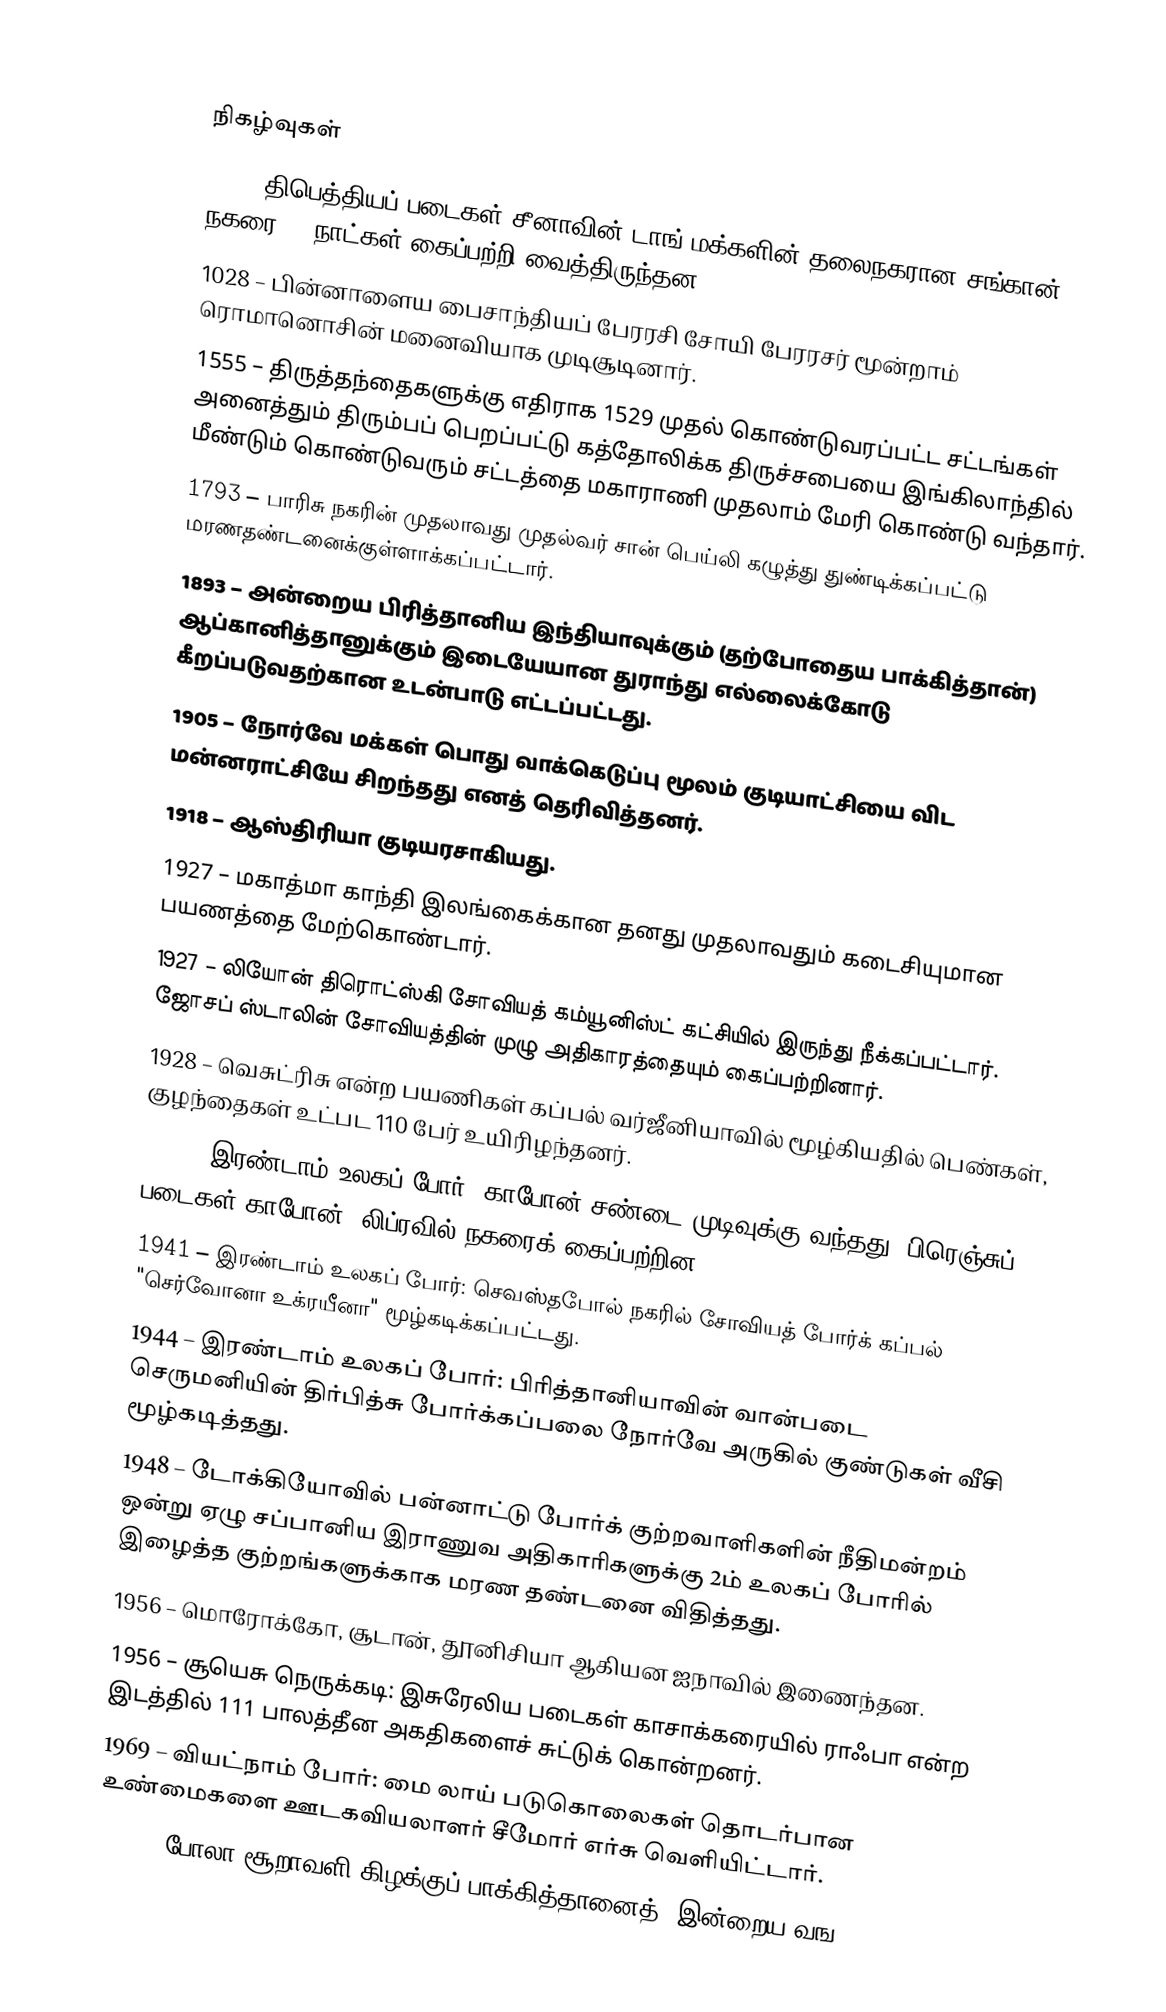

நிகழ்வுகள்
 764 – திபெத்தியப் படைகள் சீனாவின் டாங் மக்களின் தலைநகரான சங்கான் நகரை 15 நாட்கள் கைப்பற்றி வைத்திருந்தன.
1028 – பின்னாளைய பைசாந்தியப் பேரரசி சோயி பேரரசர் மூன்றாம் ரொமானொசின் மனைவியாக முடிசூடினார்.
1555 – திருத்தந்தைகளுக்கு எதிராக 1529 முதல் கொண்டுவரப்பட்ட சட்டங்கள் அனைத்தும் திரும்பப் பெறப்பட்டு கத்தோலிக்க திருச்சபையை இங்கிலாந்தில் மீண்டும் கொண்டுவரும் சட்டத்தை மகாராணி முதலாம் மேரி கொண்டு வந்தார்.
1793 – பாரிசு நகரின் முதலாவது முதல்வர் சான் பெய்லி கழுத்து துண்டிக்கப்பட்டு மரணதண்டனைக்குள்ளாக்கப்பட்டார்.
1893 – அன்றைய பிரித்தானிய இந்தியாவுக்கும் (தற்போதைய பாக்கித்தான்) ஆப்கானித்தானுக்கும் இடையேயான துராந்து எல்லைக்கோடு கீறப்படுவதற்கான உடன்பாடு எட்டப்பட்டது.
1905 – நோர்வே மக்கள் பொது வாக்கெடுப்பு மூலம் குடியாட்சியை விட மன்னராட்சியே சிறந்தது எனத் தெரிவித்தனர்.
1918 – ஆஸ்திரியா குடியரசாகியது.
1927 – மகாத்மா காந்தி இலங்கைக்கான தனது முதலாவதும் கடைசியுமான பயணத்தை மேற்கொண்டார்.
1927 – லியோன் திரொட்ஸ்கி சோவியத் கம்யூனிஸ்ட் கட்சியில் இருந்து நீக்கப்பட்டார். ஜோசப் ஸ்டாலின் சோவியத்தின் முழு அதிகாரத்தையும் கைப்பற்றினார்.
1928 – வெசுட்ரிசு என்ற பயணிகள் கப்பல் வர்ஜீனியாவில் மூழ்கியதில் பெண்கள், குழந்தைகள் உட்பட 110 பேர் உயிரிழந்தனர்.
1940 – இரண்டாம் உலகப் போர்: காபோன் சண்டை முடிவுக்கு வந்தது. பிரெஞ்சுப் படைகள் காபோன், லிப்ரவில் நகரைக் கைப்பற்றின.
1941 – இரண்டாம் உலகப் போர்: செவஸ்தபோல் நகரில் சோவியத் போர்க் கப்பல் "செர்வோனா உக்ரயீனா" மூழ்கடிக்கப்பட்டது.
1944 – இரண்டாம் உலகப் போர்: பிரித்தானியாவின் வான்படை செருமனியின் திர்பித்சு போர்க்கப்பலை நோர்வே அருகில் குண்டுகள் வீசி மூழ்கடித்தது.
1948 – டோக்கியோவில் பன்னாட்டு போர்க் குற்றவாளிகளின் நீதிமன்றம் ஒன்று ஏழு சப்பானிய இராணுவ அதிகாரிகளுக்கு 2ம் உலகப் போரில் இழைத்த குற்றங்களுக்காக மரண தண்டனை விதித்தது.
1956 – மொரோக்கோ, சூடான், தூனிசியா ஆகியன ஐநாவில் இணைந்தன.
1956 – சூயெசு நெருக்கடி: இசுரேலிய படைகள் காசாக்கரையில் ராஃபா என்ற இடத்தில் 111 பாலத்தீன அகதிகளைச் சுட்டுக் கொன்றனர்.
1969 – வியட்நாம் போர்: மை லாய் படுகொலைகள் தொடர்பான உண்மைகளை ஊடகவியலாளர் சீமோர் எர்சு வெளியிட்டார்.
1970 – போலா சூறாவளி கிழக்குப் பாக்கித்தானைத் (இன்றைய வங